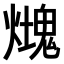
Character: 𤐡